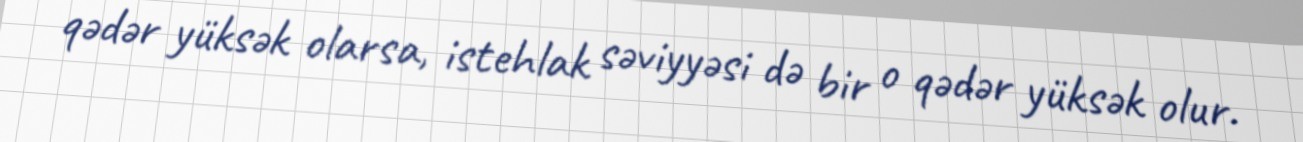
qədər yüksək olarsa, istehlak səviyyəsi də bir o qədər yüksək olur.